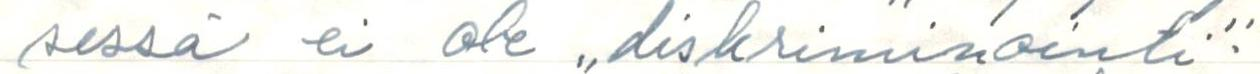
sessä ei ole ,,diskriminointi".